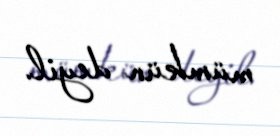
mümkün deyil.